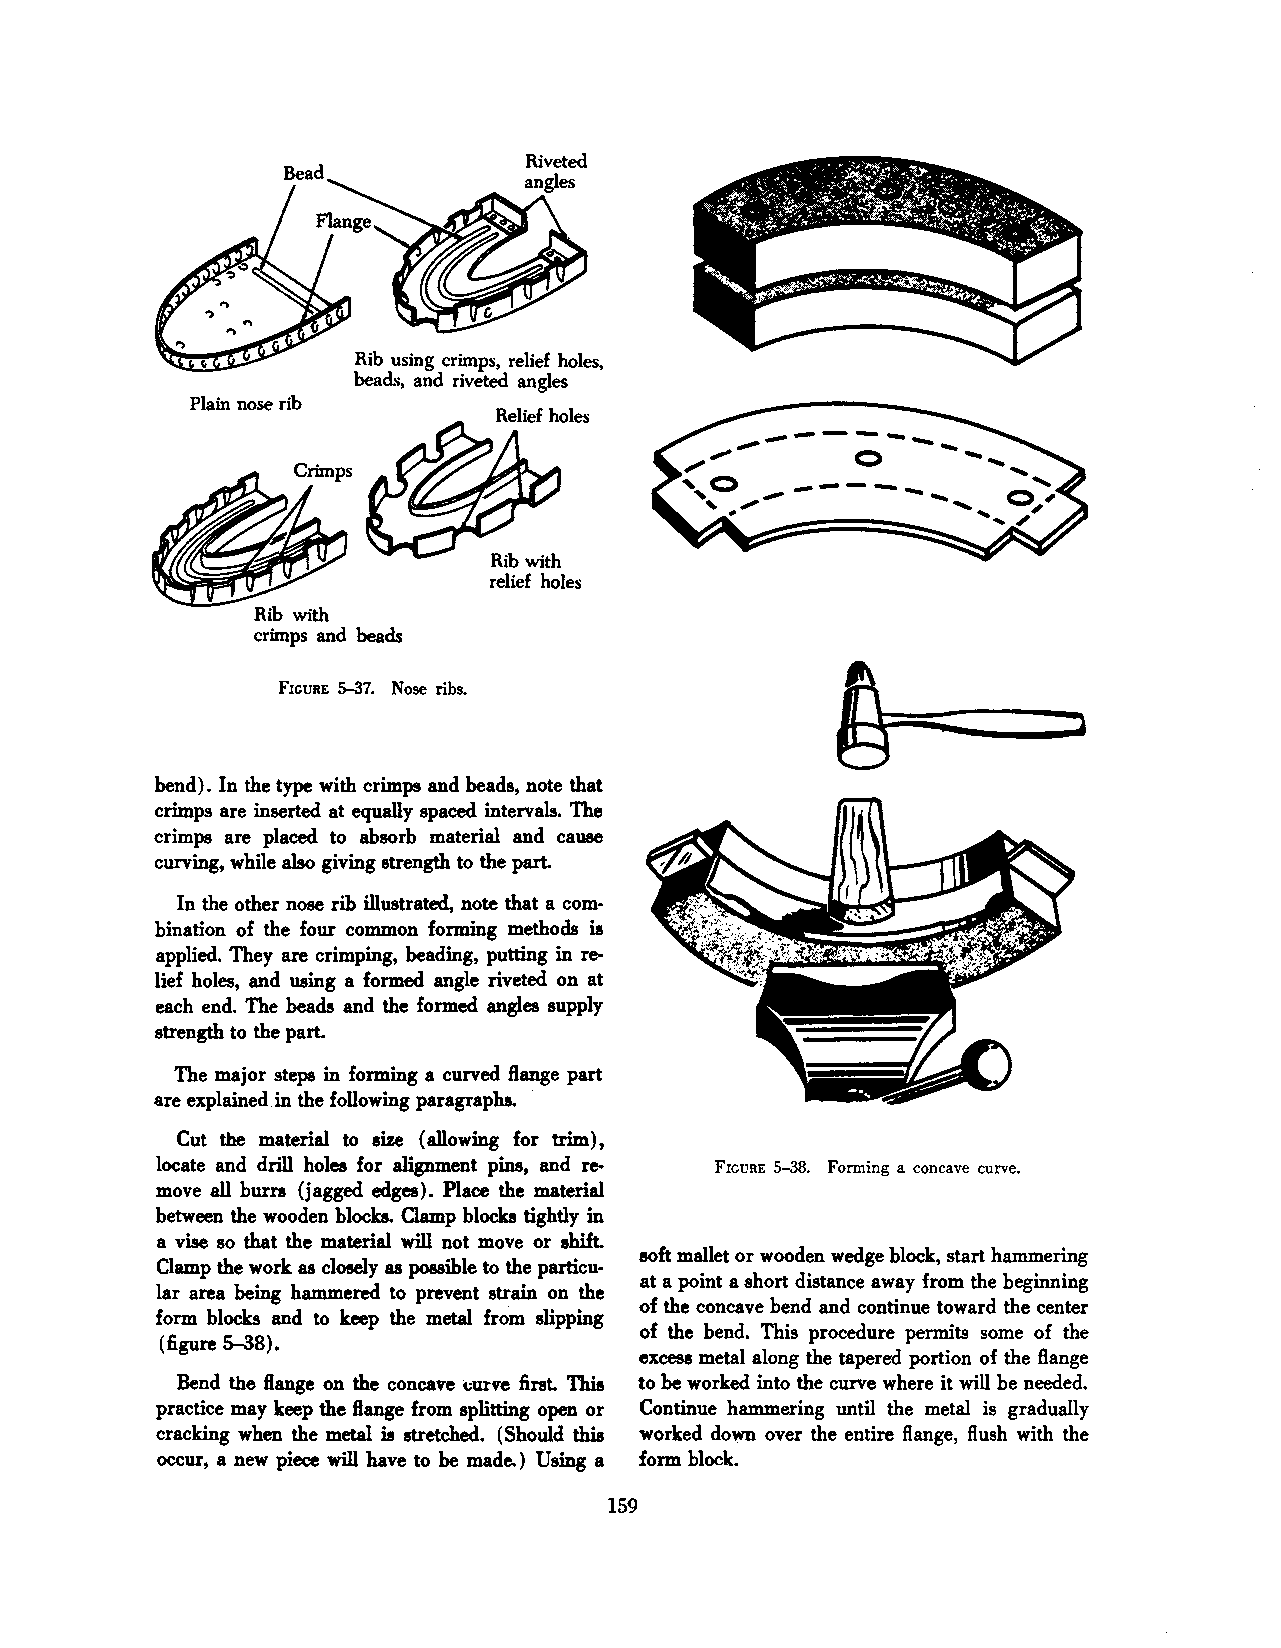
Rib using crimps, relief holes,
 beads. and riveted angles
 Plain nose rib
 Rib with
 relief holes
 ,
 FIGURE 5-37. Nose ribs.
 bend). In the type with crimps and beads, note that
 crimps are inserted at equally spaced intervals. The
 crimps are placed to absorb material and cauae
 curving, while also giving strength to the part.
 In the other nose rib illustrated, note that a com
 bination of the four common forming methods is
 applied. They are crimping, beading, putting in re
 lief holes, and using a formed angle riveted on at
 each end. The beads and the formed angles supply
 strength to the part.
 The major steps in forming a curved flange part
 are explained. in the following paragraphs.
 Cut the material to size (allowing for trim),
 locate and drill holes for alignment pins, and re FIGURE 5-38. Forming a concave curve.
 move all burrs (jagged edges). Place the material
 between the wooden blocb. Clamp blocks tighdy in
 a vise so that the material will not move or shift.
 soft mallet or wooden wedge block, start hammering
 Clamp the work as closely as possible to the particu
 at a point a short distance away from the beginning
 lar area being hammered to prevent strain on the
 of the concave bend and continue toward the center
 form blocks and to keep the metal from slipping
 of the bend. This procedure permits some of the
 (figure 5-38).
 excess metal along the tapered portion of the flange
 Bend the flange on the concave t:une first. This to be worked into the curve where it will be needed.
 practice may keep the flange from splitting open or Continue hammering until the metal is gradually
 cracking when the metal is stretched. (Should this worked down over the entire flange, flush with the
 occur, a new piece will have to be made.) Using a form block.
 159